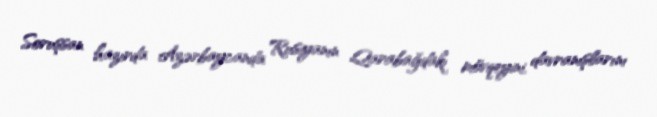
Soruşsan hazırda Azərbaycanda Rusiyanın Qarabağdakı mövqeyini, davranışlarını